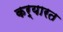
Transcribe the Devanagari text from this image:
कर्यारत